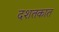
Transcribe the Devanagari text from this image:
दशतकात